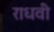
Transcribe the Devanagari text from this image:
राधवी